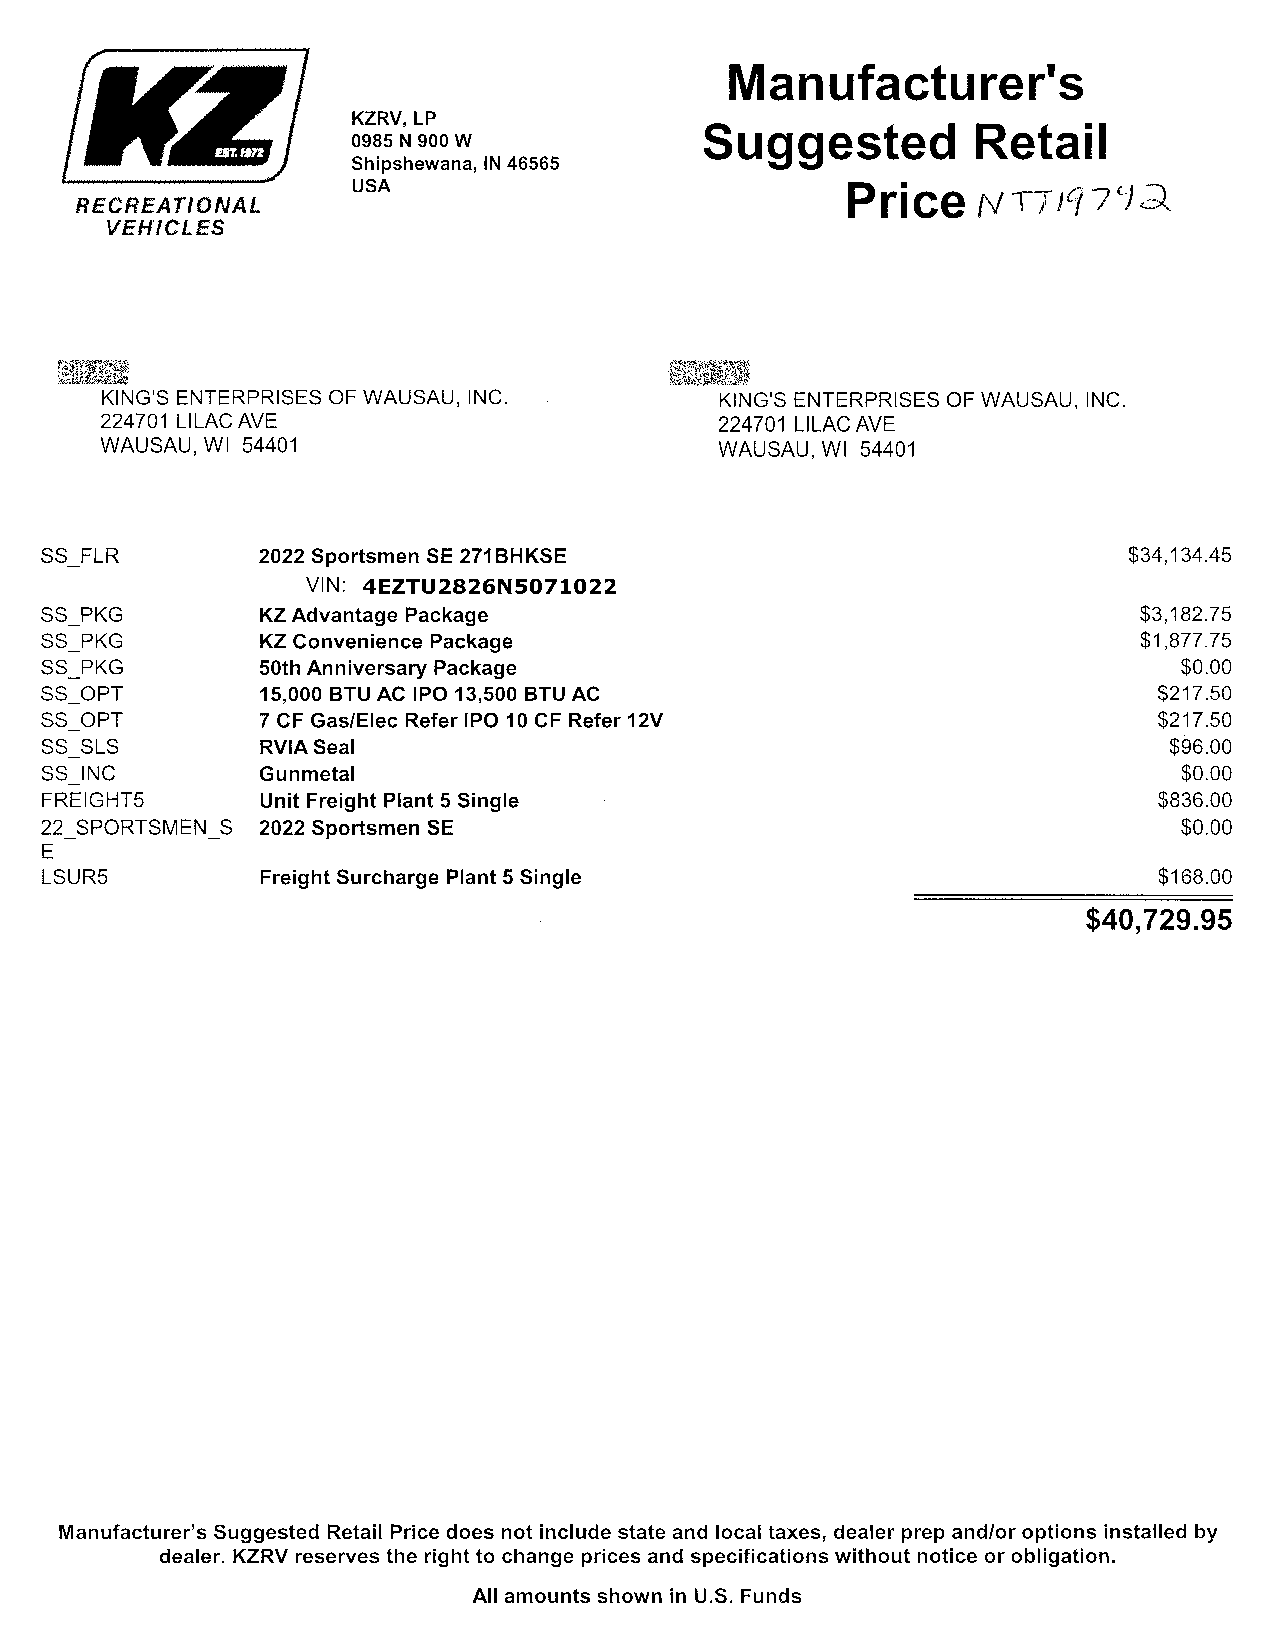
Manufacturer's
 KZRV,LP
 Suggested         Retail
 0985 N 900 W
 Shipshewana, IN 46565
 USA                              Price
 NTJ,q7LJ:)
 RECREATIONAL
 VEHICLES
 KING'S ENTERPRISES OF WAUSAU, INC.       KING'S ENTERPRISES OF WAUSAU, INC.
 224701 LILAC AVE                         224701 LILAC AVE
 WAUSAU, WI 54401                         WAUSAU, WI 54401
 SS FLR        2022 Sportsmen SE 271 BHKSE                               $34,134.45
 VIN: 4EZTU2826N5071022
 SS PKG        KZ Advantage Package                                      $3,182.75
 SS PKG        KZ Convenience Package                                     $1,877.75
 SS PKG        50th Anniversary Package                                     $0.00
 SS OPT        15,000 BTU AC IPO 13,500 BTU AC                             $217.50
 SS OPT        7 CF Gas/Eiec Refer IPO 10 CF Refer 12V                     $217.50
 SS SLS        RVIASeal                                                    $96.00
 SS INC        Gun metal                                                    $0.00
 FREIGHTS      Unit Freight Plant 5 Single                                 $836.00
 22 SPORTSMEN S 2022 Sportsmen SE                                           $0.00
 -         -
 E
 LSUR5         Freight Surcharge Plant 5 Single                            $168.00
 $40,729.95
 Manufacturer's Suggested Retail Price does not include state and local taxes, dealer prep and/or options installed by
 dealer. KZRV reserves the right to change prices and specifications without notice or obligation.
 All amounts shown in U.S. Funds